Indian journal of veterinary science and animal husbandry - Volume 3,
Year: 1933
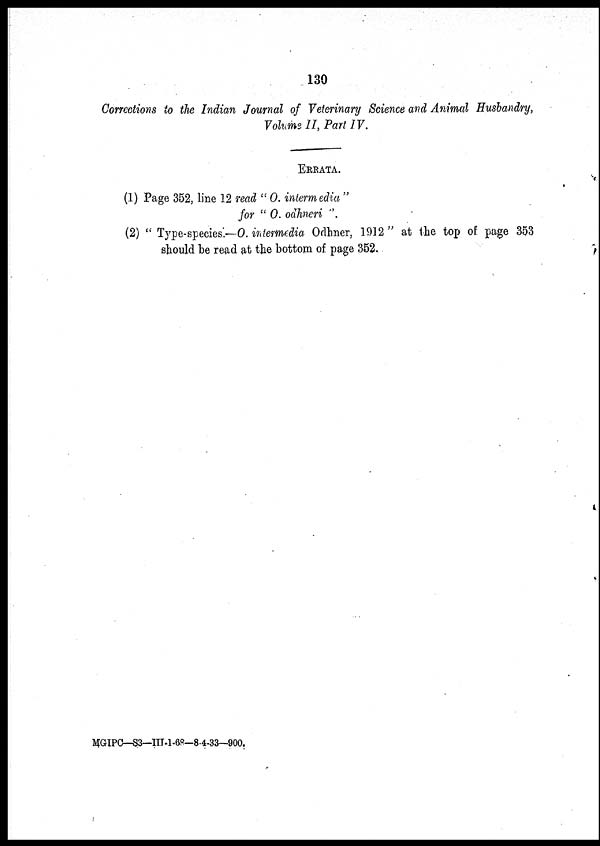
130
Corrections to the Indian Journal of Veterinary Science and Animal Husbandry,
Volume II, Part IV.
ERRATA.
(1) Page 352, line 12 read " O. intermedia "
for " O. odhneri ".
(2) " Type-species.—O. intermedia Odhner, 1912 " at the top of page 353
should be read at the bottom of page 352.
MGIPC—S3—III-1-68—8-4-33—900.